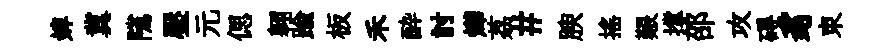
婢冀隲壓元偲翱踰板禾酔討燁荔#腴搖艱撑邵攻碍豸束